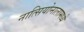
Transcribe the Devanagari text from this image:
नात्सियोनालामध्ये